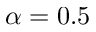
\alpha = 0 . 5